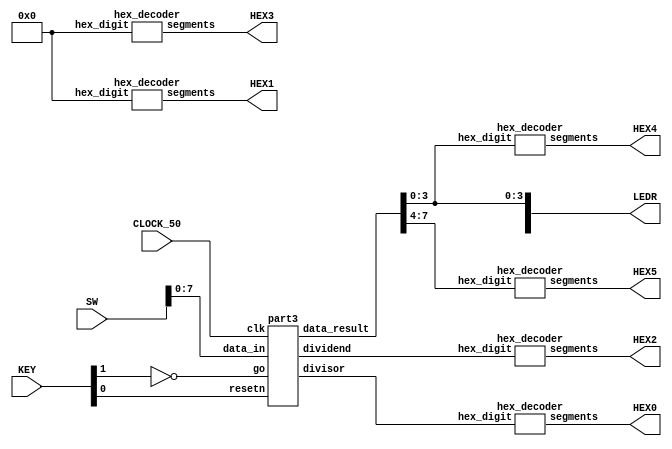
module lab6p3(SW, KEY, CLOCK_50, LEDR, HEX0, HEX1,HEX2,HEX3,HEX4,HEX5);
    input [9:0] SW;
    input [3:0] KEY;
    input CLOCK_50;
    output [9:0] LEDR;
    output [6:0] HEX0, HEX1,HEX2,HEX3,HEX4,HEX5;

    wire resetn;
    wire go;

    wire [7:0] data_result;
    assign go = ~KEY[1];
    assign resetn = KEY[0];
     wire [3:0] dividend, divisor;

    part3 u0(
        .clk(CLOCK_50),
        .resetn(resetn),
        .go(go),
        .data_in(SW[7:0]),
        .data_result(data_result),
          .dividend(dividend), 
          .divisor(divisor)
    );
      
    assign LEDR[3:0] = data_result[3:0];

    hex_decoder H0(
        .hex_digit(data_result[3:0]), 
        .segments(HEX4)
        );
        
    hex_decoder H1(
        .hex_digit(data_result[7:4]), 
        .segments(HEX5)
        );
     hex_decoder H2(
        .hex_digit(4'b0000), 
        .segments(HEX1)
        );
     hex_decoder H3(
        .hex_digit(4'b0000), 
        .segments(HEX3)
        );
    hex_decoder H4(
        .hex_digit(dividend), 
        .segments(HEX2)
        );
        hex_decoder H5(
        .hex_digit(divisor), 
        .segments(HEX0)
        );  
endmodule

module part3(
    input clk,
    input resetn,
    input go,
    input [7:0] data_in,
    output [7:0] data_result,
     output [3:0] dividend, divisor
    );
    
     wire do,load,ld_r;
    control C0(
        .clk(clk),
        .resetn(resetn),
        .go(go),
          .do(do),
          .load(load),
          .ld_r(ld_r)
    );

    datapath D0(
        .clk(clk),
        .resetn(resetn),
        .data_in(data_in),
        .do(do),
          .load(load),
          .ld_r(ld_r),
        .data_result(data_result),
          .dividend(dividend), 
          .divisor(divisor)
    );
                
 endmodule        
                

module control(
    input clk,
    input resetn,
    input go,
     output reg do, load, ld_r
    );

    reg [4:0] current_state, next_state; 
    
    localparam  hold_state      = 4'd0,
                 load_state      = 4'd1,
                S_CYCLE_0       = 4'd2,
                S_CYCLE_1       = 4'd3,
                S_CYCLE_2       = 4'd4,
                     S_CYCLE_3       = 4'd5,
                     end_state       = 4'd6;
    
    always@(*)
    begin: state_table 
            case (current_state)
                hold_state: next_state = go ? load_state : hold_state;
                     load_state: next_state = go ? load_state : S_CYCLE_0; 
                S_CYCLE_0: next_state = S_CYCLE_1;
                S_CYCLE_1: next_state = S_CYCLE_2;
                     S_CYCLE_2: next_state = S_CYCLE_3;
                     S_CYCLE_3: next_state = end_state;
                     end_state: next_state = hold_state;
            default:     next_state = hold_state;
        endcase
    end 
   
    always @(*)
    begin: enable_signals
        do = 1'b0;
          load = 1'b0;
          ld_r=1'b0;
        case (current_state)
            hold_state:begin
                 do=1'b0;
                    load = 1'b0;
                end
                load_state:begin
                   do =1'b0;
                    load =1'b1;
                end
            S_CYCLE_0: begin 
               do=1'b1;
            end
             S_CYCLE_1: begin  
                do=1'b1;
            end
                 S_CYCLE_2: begin 
                do=1'b1;
            end
                 S_CYCLE_3: begin 
                do=1'b1;
               end
                end_state: begin
                    ld_r=1'b1;
                end
        endcase
    end
   
    
    always@(posedge clk)
    begin: state_FFs
        if(!resetn)
            current_state <= hold_state;
        else
            current_state <= next_state;
    end 
endmodule

module datapath(
    input clk,
    input resetn,
    input [7:0] data_in,
    input do, load, ld_r,
    output reg [7:0] data_result,
     output reg [3:0] dividend, divisor
    );
    

    reg [8:0] operation;
     wire [8:0]shiftedoperation;
     wire [4:0]subtraction;
     
     shift s1(operation,shiftedoperation);
    assign subtraction=shiftedoperation[8:4] - divisor;
     
    always@(posedge clk) begin
        if(!resetn) begin
            operation <= 9'b0; 
                dividend=4'b0000;
                divisor=4'b0000;
        end
        else 
            begin
            if (load)
                  begin
                    dividend = data_in[7:4];
                     divisor = data_in[3:0];
                operation = 9'b0 + data_in[7:4];                 
                  end
                if (do)
                  begin
                     if(subtraction[4])
                          operation<=shiftedoperation;
                    else
                          operation={subtraction,shiftedoperation[3:0]+1'b1};
                  end 
        end
    end
    
     wire [7:0]result_out;
     assign result_out=operation[7:0];
     
    always@(posedge clk) begin
        if(!resetn) begin
            data_result <= 8'b0; 
        end
        else 
            if(ld_r)
                data_result <= result_out;
    end
endmodule

module shift(input [8:0]recent, output [8:0]shiftRight);
       assign shiftRight[0]=1'b0;
        assign shiftRight[8:1]=recent[7:0];
endmodule


module hex_decoder(hex_digit, segments);
    input [3:0] hex_digit;
    output reg [6:0] segments;
   
    always @(*)
        case (hex_digit)
            4'h0: segments = 7'b100_0000;
            4'h1: segments = 7'b111_1001;
            4'h2: segments = 7'b010_0100;
            4'h3: segments = 7'b011_0000;
            4'h4: segments = 7'b001_1001;
            4'h5: segments = 7'b001_0010;
            4'h6: segments = 7'b000_0010;
            4'h7: segments = 7'b111_1000;
            4'h8: segments = 7'b000_0000;
            4'h9: segments = 7'b001_1000;
            4'hA: segments = 7'b000_1000;
            4'hB: segments = 7'b000_0011;
            4'hC: segments = 7'b100_0110;
            4'hD: segments = 7'b010_0001;
            4'hE: segments = 7'b000_0110;
            4'hF: segments = 7'b000_1110;   
            default: segments = 7'h7f;
        endcase
endmodule